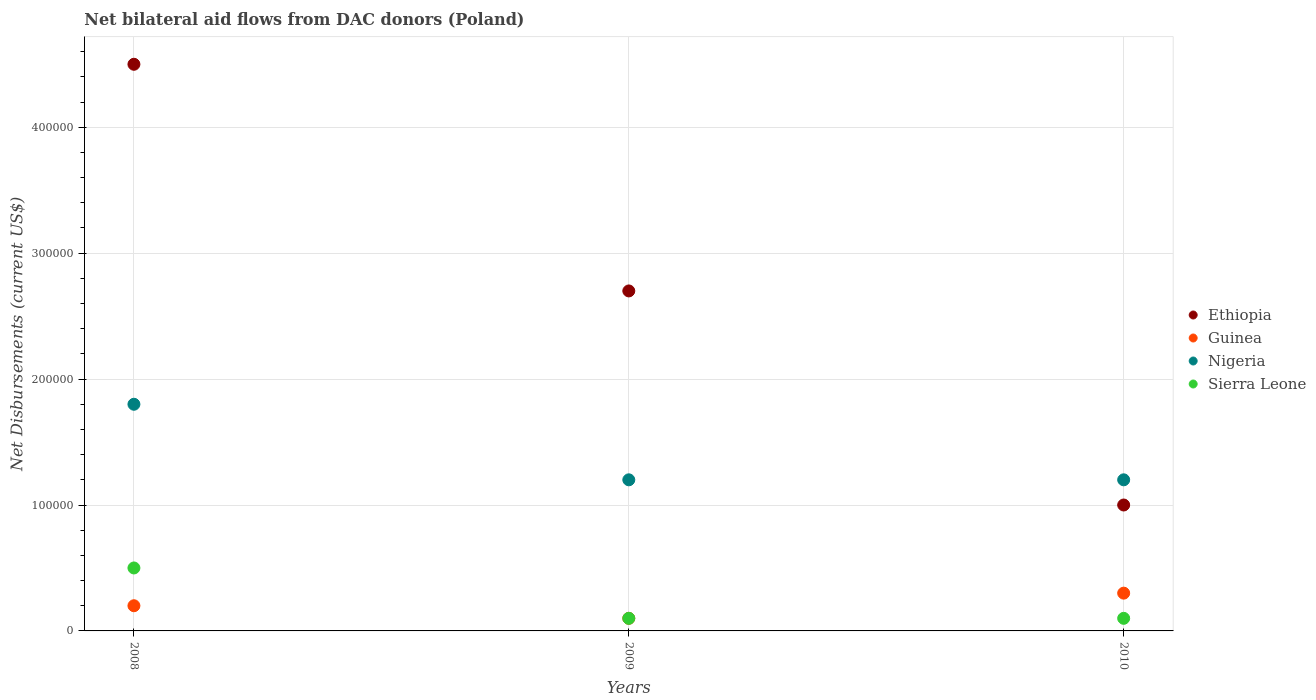
| Years | Ethiopia | Guinea | Nigeria | Sierra Leone |
 | --- | --- | --- | --- | --- |
 | 2008 | 4.5e+05 | 2e+04 | 1.8e+05 | 5e+04 |
 | 2009 | 2.7e+05 | 1e+04 | 1.2e+05 | 1e+04 |
 | 2010 | 1e+05 | 3e+04 | 1.2e+05 | 1e+04 |